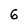
Character: 6